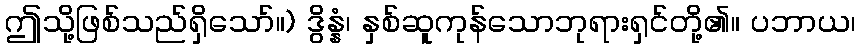
ဤသို့ဖြစ်သည်ရှိသော်။) ဒွိန္နံ၊ နှစ်ဆူကုန်သောဘုရားရှင်တို့၏။ ပဘာယ၊